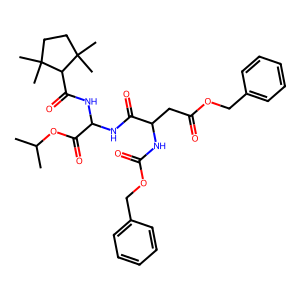
SMILES: CC(C)OC(=O)C(NC(=O)C(CC(=O)OCc1ccccc1)NC(=O)OCc1ccccc1)NC(=O)C1C(C)(C)CCC1(C)C
Inhibits HIV replication: No